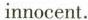
innocent.